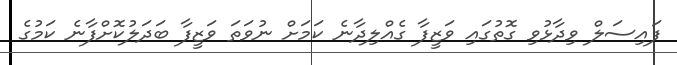
ފައިސަލް ވިދާޅުވި ގޮތުގައި ވަޒީފާ ގެއްލިދާނެ ކަމަށް ނުވަތަ ވަޒީފާ ބަދަލުކޮށްފާނެ ކަމުގެ